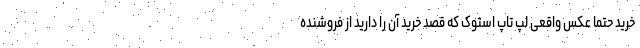
خرید حتما عکس واقعی لپ تاپ استوک که قصد خرید آن را دارید از فروشنده